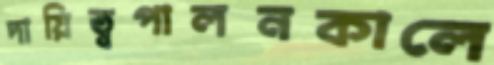
দায়িত্বপালনকালে